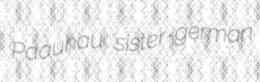
Paauhau sister-german